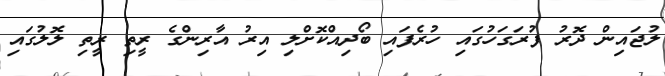
ލުޖައިން ދޮރު ފުރަގަހުގައި ހުރެފައި ބޯދިއްކޮށްލި އިރު އާރިންގެ ރީތި ރީތި ލޮލުގައި